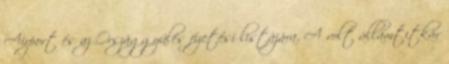
Airport és az Országgyûlés fizetési listájára. A volt államtitkár